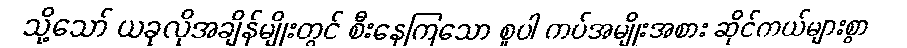
သို့သော် ယခုလိုအချိန်မျိုးတွင် စီးနေကြသော စူပါ ကပ်အမျိုးအစား ဆိုင်ကယ်များစွာ